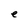
Character: e